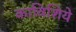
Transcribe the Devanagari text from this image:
काविशिये